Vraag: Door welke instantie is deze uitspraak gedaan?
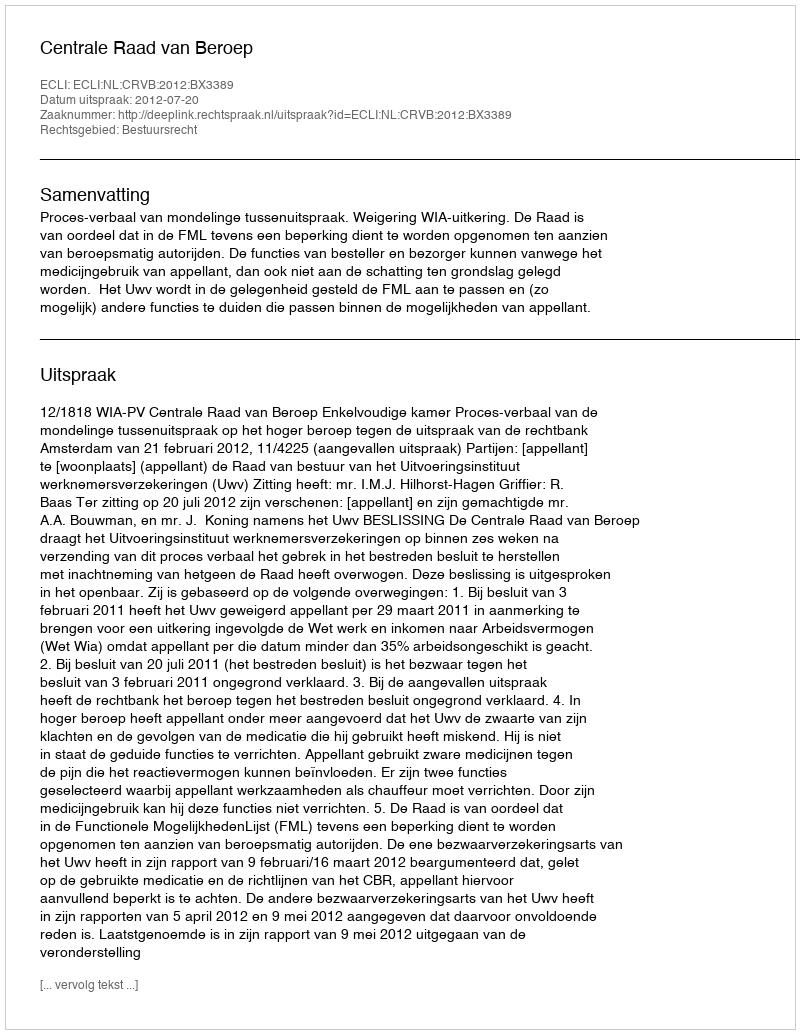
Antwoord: Centrale Raad van Beroep